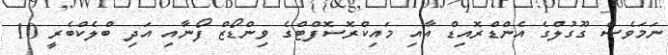
ނަމަވެސް ގޫގުލްގެ އެންޑްރޮއިޑް އާއި މައިކްރޮސޮފްޓްގެ ވިންޑޯޒް ފޯނާއި އަދި ބްލެކްބެރީ 10